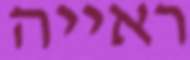
ראייה